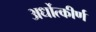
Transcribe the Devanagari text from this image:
अर्धोत्कीर्ण